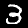
Digit: 3